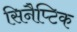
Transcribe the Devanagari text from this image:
सिनैप्टिक